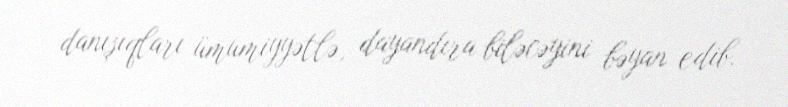
danışıqları ümumiyyətlə, dayandıra biləcəyini bəyan edib.